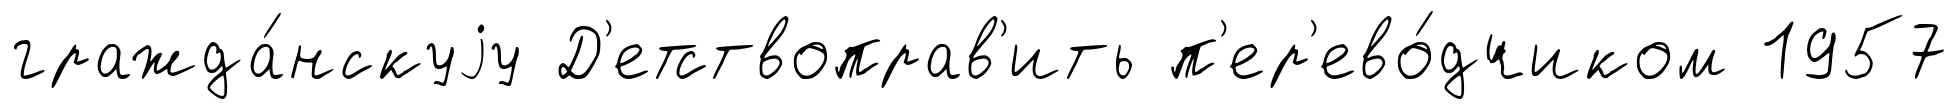
гражда́нскуjу Д'етствоправ'ить п'ер'ево́дчиком 1957